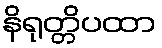
နိရုတ္တိပထာ